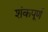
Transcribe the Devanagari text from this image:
शंकपूर्ण